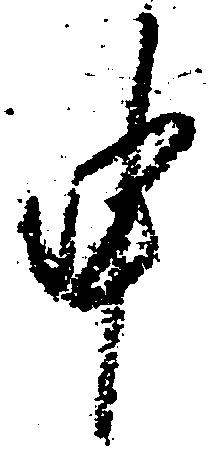
申